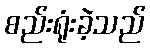
စည်းရုံးခဲ့သည်